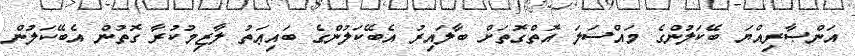
އަންޞާރިއްޔަ ބޭކަލުންގެ މައްސަލަ އޮތްގޮތަށް ބާލައިރު އެބޭކަލުންގެ ބައިޢަތު ލާޒިމުކުރާ ގޮތުން އެބޭކަލުން